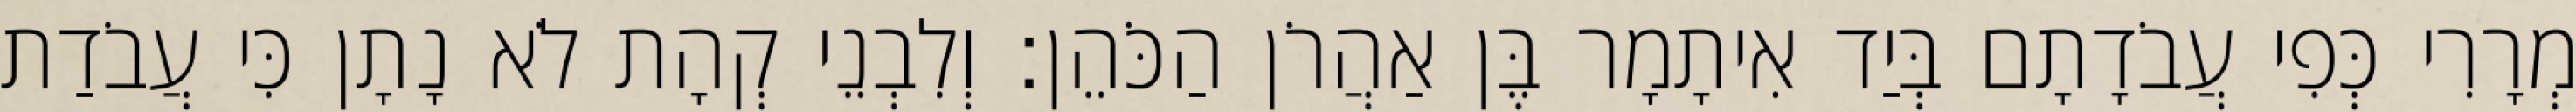
מְרָרִי כְּפִי עֲבֹדָתָם בְּיַד אִיתָמָר בֶּן אַהֲרֹן הַכֹּהֵן׃ וְלִבְנֵי קְהָת לֹא נָתָן כִּי עֲבֹדַת